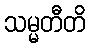
သမ္မတီတိ